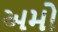
અમો